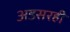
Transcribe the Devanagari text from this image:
अडसरही